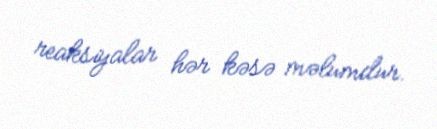
reaksiyalar hər kəsə məlumdur.